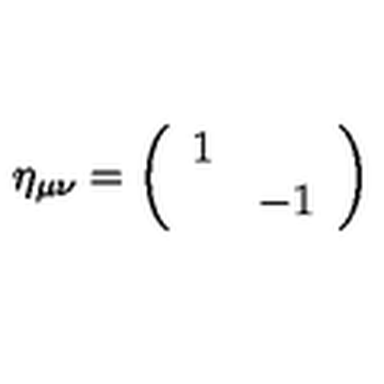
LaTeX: \eta _ { \mu \nu } = \left( \begin{array} { c c } { 1 } & { } \\ { } & { - 1 } \\ \end{array} \right)